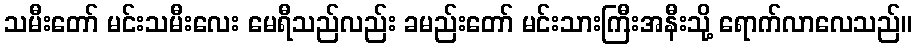
သမီးတော် မင်းသမီးလေး မေရီသည်လည်း ခမည်းတော် မင်းသားကြီးအနီးသို့ ရောက်လာလေသည်။